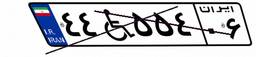
۴۴W۵۵۴۰۶